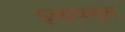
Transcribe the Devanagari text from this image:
इन्द्रधनुश